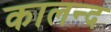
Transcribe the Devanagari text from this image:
कालन्द